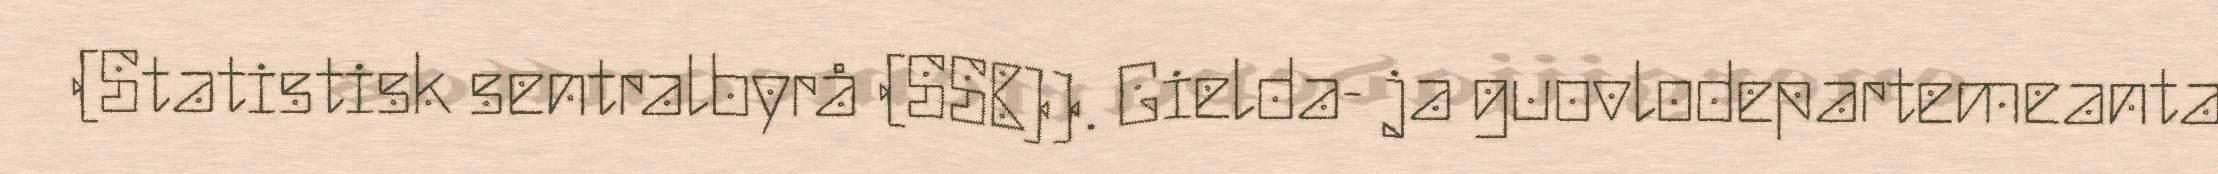
(Statistisk sentralbyrå (SSB)). Gielda- ja guovlodepartemeanta